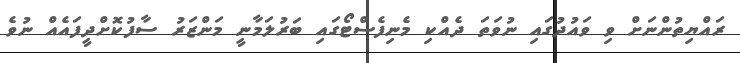
ރައްޔިތުންނަށް ވި ވައުދުގައި ނުވަތަ ދެއްކި މެނިފެސްޓޯގައި ބަރުލަމާނީ މަންޒަރު ސާފުކޮށްދީފައެއް ނުވެ